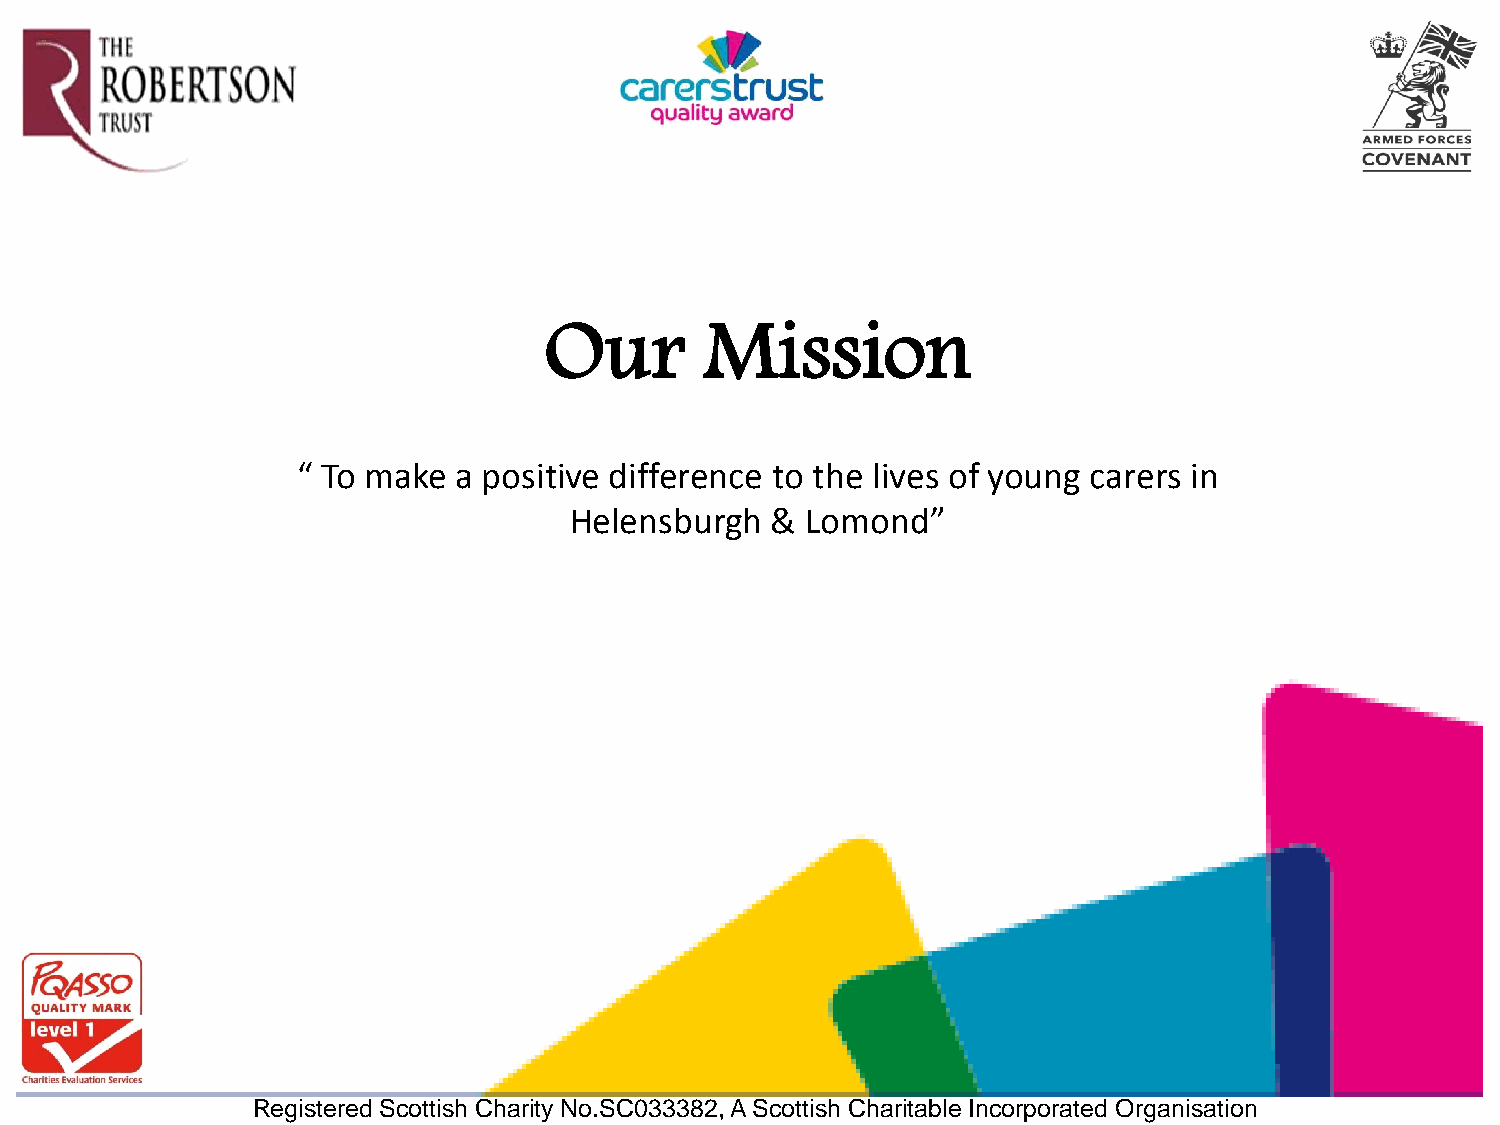
Our        Mission
 “ To make a positive difference to the lives of young carers in
 Helensburgh  & Lomond”
 Registered Scottish Charity No.SC033382, A Scottish Charitable Incorporated Organisation